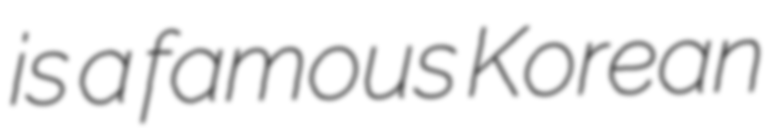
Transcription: is a famous Korean